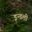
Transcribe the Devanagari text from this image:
इन्डली